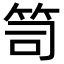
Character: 笥